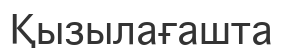
Қызылағашта